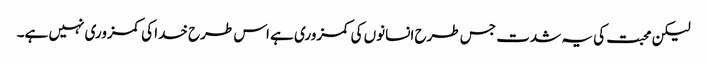
لیکن محبت کی یہ شدت جس طرح انسانوں کی کمزوری ہے اس طرح خدا کی کمزوری نہیں ہے۔